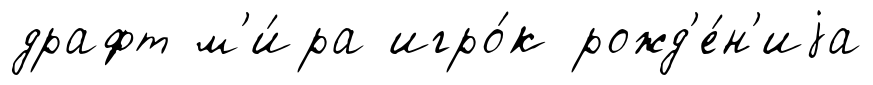
драфт м'и́ра игро́к рожд'е́н'иjа